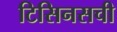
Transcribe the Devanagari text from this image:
टिसिनसची